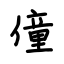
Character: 僮